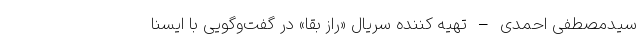
سیدمصطفی احمدی – تهیه کننده سریال «راز بقا» در گفت‌وگویی با ایسنا